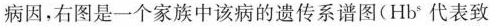
病因，右图是一个家族中该病的遗传系谱图(Hb^{s}代表致